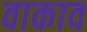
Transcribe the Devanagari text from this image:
वाकाव